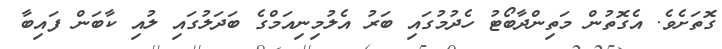
ގޮތަށެވެ. އެގޮތުން މަތިންދާބޯޓު ހެދުމުގައި ބަރު އެލުމިނިއަމްގެ ބަދަލުގައި ލުއި ކާބަން ފައިބާ